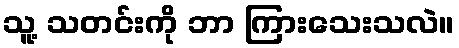
သူ့ သတင်းကို ဘာ ကြားသေးသလဲ။